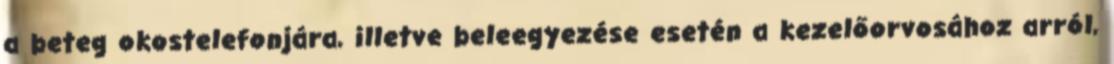
a beteg okostelefonjára, illetve beleegyezése esetén a kezelőorvosához arról,